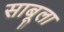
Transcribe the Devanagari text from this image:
साबूला